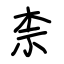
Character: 柰